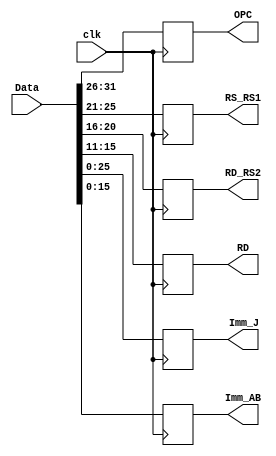
`timescale 1ns / 1ps
//////////////////////////////////////////////////////////////////////////////////
// Company: 
// Engineer: 
// 
// Design Name: 
// Module Name: IR
// Project Name: 
// Target Devices: 
// Tool Versions: 
// Description: 
// 
// Dependencies: 
// 
// Revision:
// Revision 0.01 - File Created
// Additional Comments:
// 
//////////////////////////////////////////////////////////////////////////////////


module IR(
    output reg[5:0] OPC,
    output reg[4:0] RS_RS1,
    output reg[4:0] RD_RS2,
    output reg[4:0] RD,
    output reg[25:0] Imm_J,     // immediate value for jump
    output reg[15:0] Imm_AB,    // immediate value for ALU or branch
    input [31:0] Data,
    input clk
    );
    always@(posedge clk)
    begin
        OPC <= Data[31:26];
        RS_RS1 <= Data[25:21];
        RD_RS2 <= Data[20:16];
        RD <= Data[15:11];
        Imm_J <= Data[25:0];
        Imm_AB <= Data[15:0];
    end
endmodule